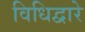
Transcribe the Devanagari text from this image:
विधिद्वारे